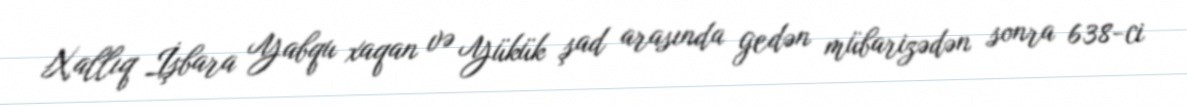
Xallıq İşbara Yabqu xaqan və Yükük şad arasında gedən mübarizədən sonra 638-ci